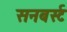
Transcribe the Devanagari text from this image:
सनबर्स्ट